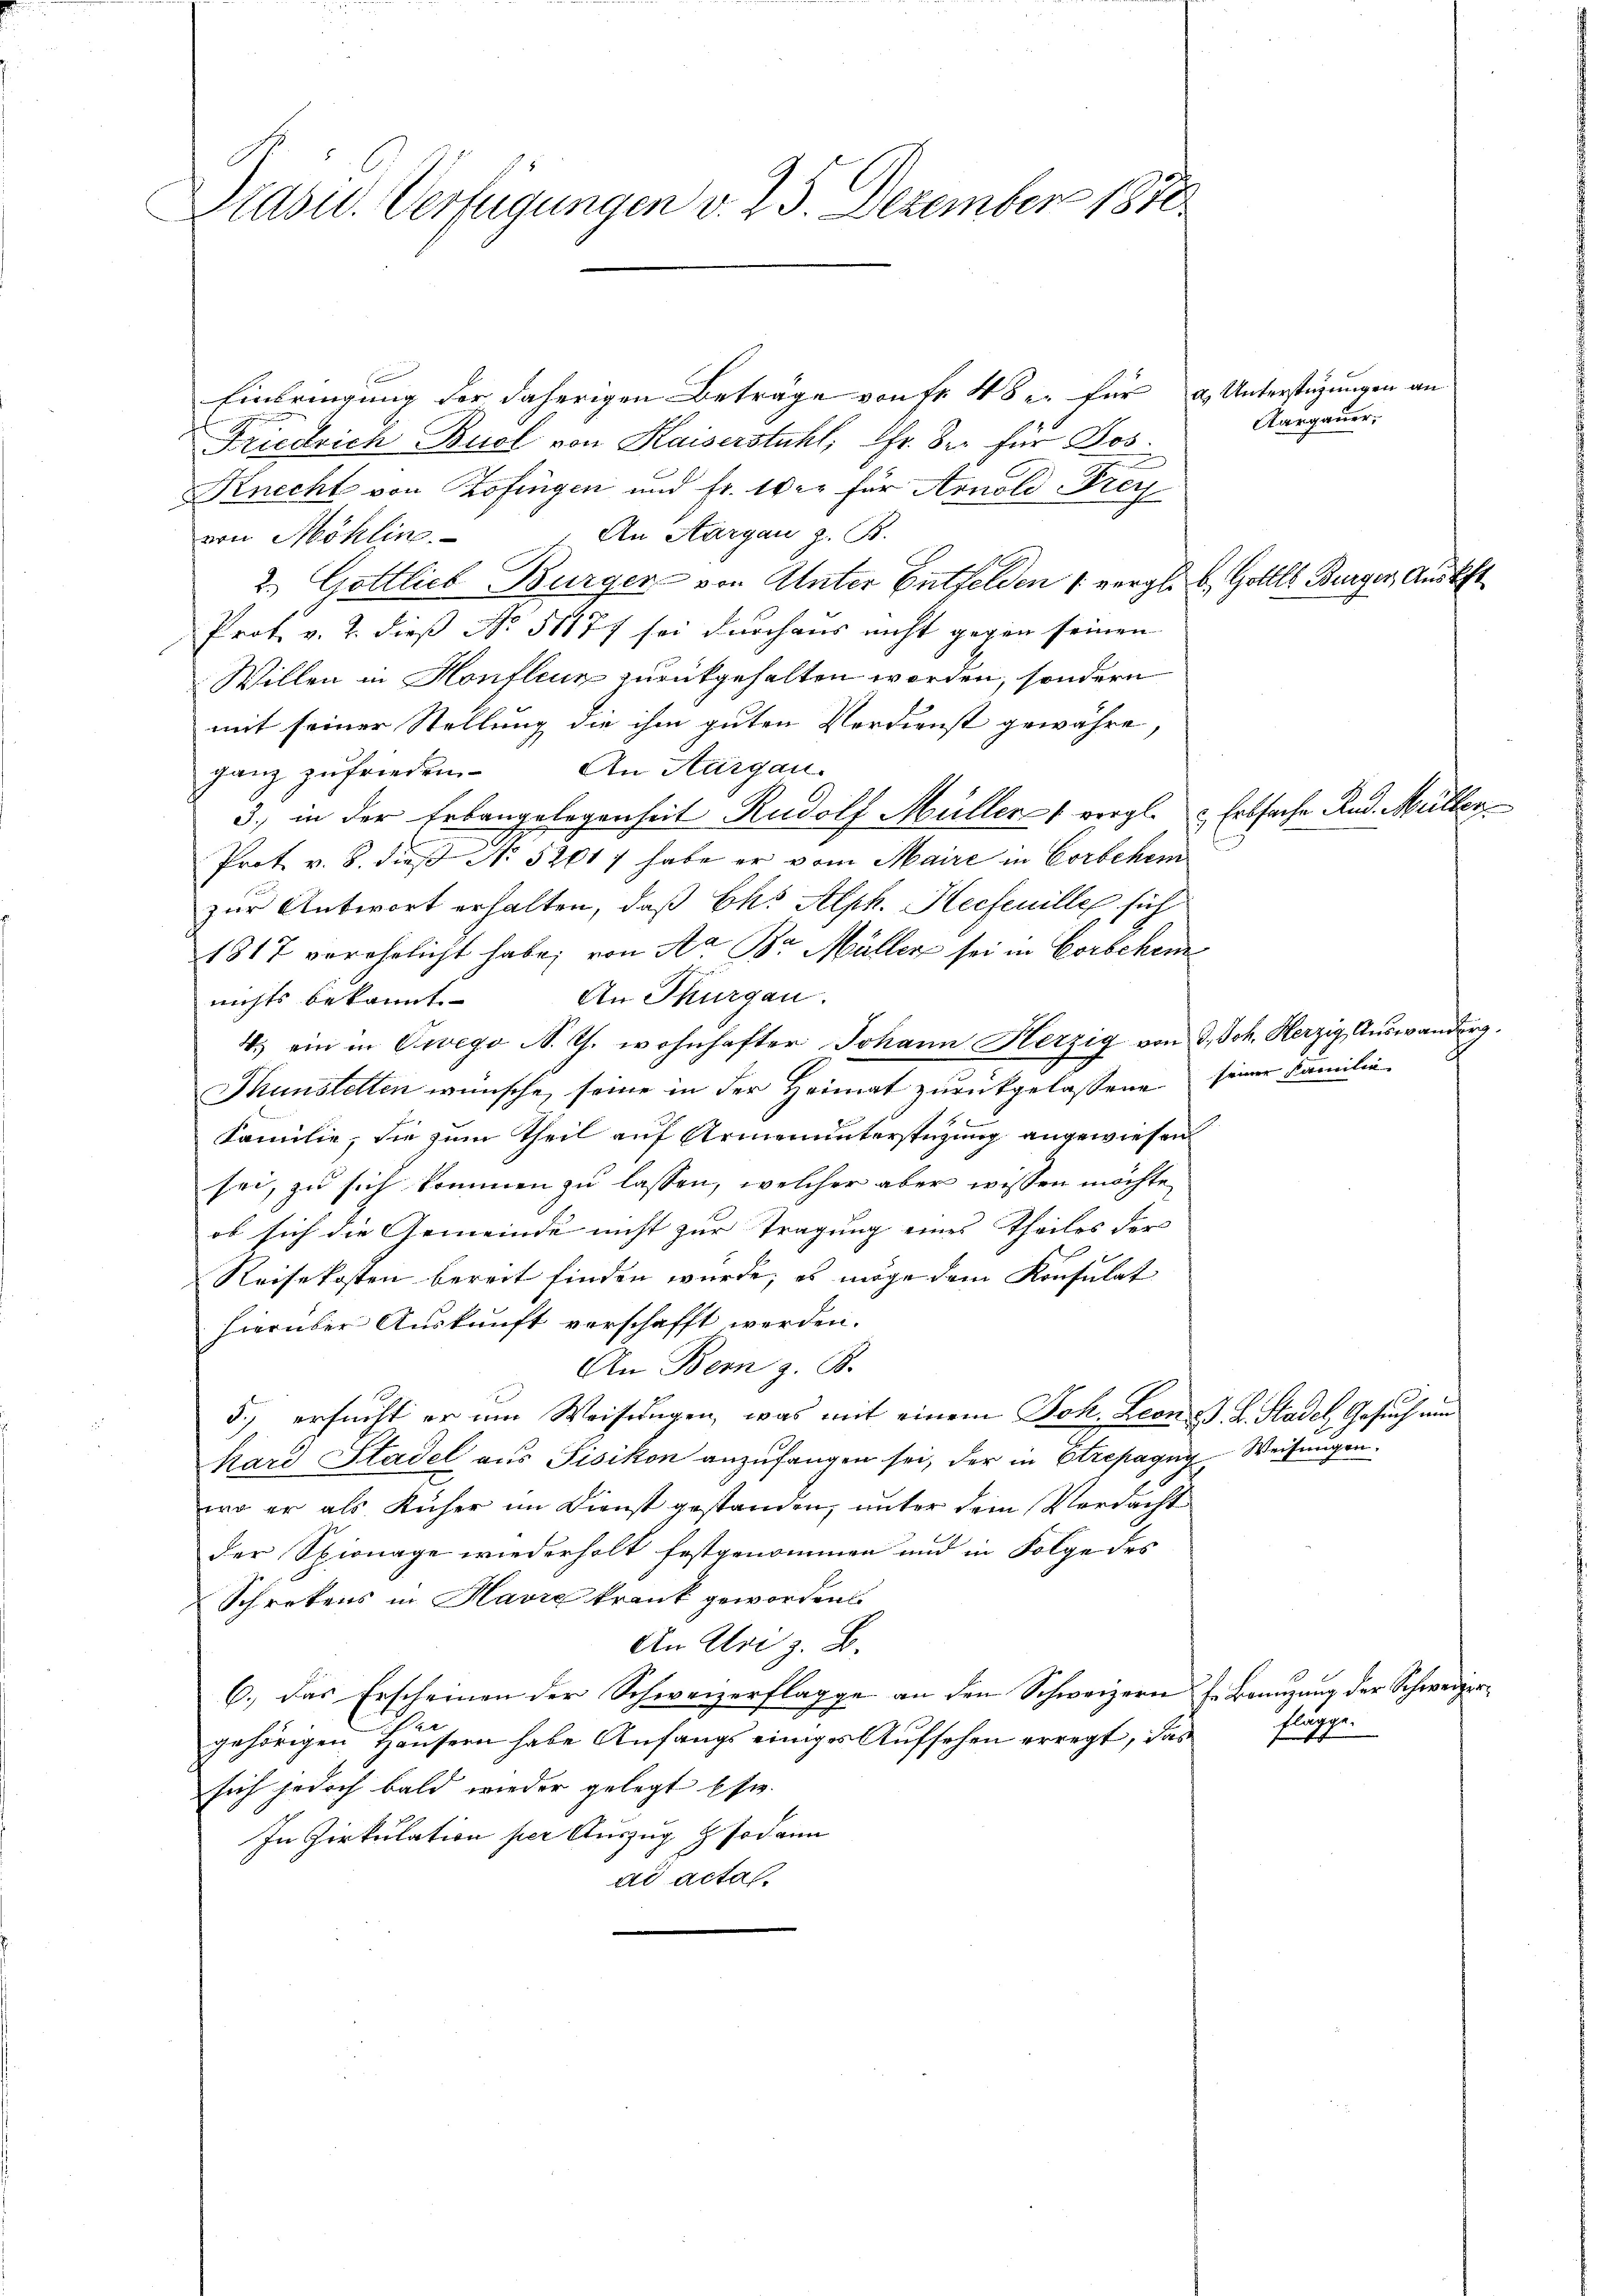
Drasid. Verfügungen v. 25. Dezember 1870

Einbringung der daherigen Beträge von Fr. 48 u. für u. Unterstüzungen an
Friedrich Buel von Kaiserstuhl, Chr. Der für Jos.
Knecht von Zofingen und Fr. Wer für Arnold Frey
An Aargau z. B.
von Möhlin
2. Gottlieb Burger von Unter Entfelden 1 vergl. b. Gollle Burger, Auskft
Prot. v. 2. dieß No. 51177 sei durchaus nicht gegen seinen
Willen in Honfleur zurückgehalten worden, sondern
mit seiner Stellung die ihm guten Verdienst gewähre,
ganz zufrieden. An Thurgau.
3.) in der Erbangelegenheit Rudolf Müller 1 vergl. Erbsache Rud. Müller
Prot v. 8. dieß No 5201/ habe er vom Maire in Corbeher
zur Antwort erhalten, daß Ch. Alph. Hecfeuille sich
1817 verehelicht habe; von A. Br. Müller sei in Corbchen
An Thurgau.
nichts bekannt.
4.) ein in Ewego N. Th. wohnhafter Johann Herzig von 3. Joh. Herzig Aŭswanderg.
Thunstetten wünsche, seine in der Heimat zurückgelassene seiner Familie
Familie, die zum Theil auf Armenunterstüzung angewiesen
sei, zu sich kommen zu lassen, welcher aber wissen möchte,
ob sich die Gemeinde nicht zur Tragung eines Theiles der
Reisekosten bereit finden wurde, es möge dem Konsulat
hierüber Auskunft verschafft werden.
An Bern z. B.
5.) ersucht er um Weisungen, was mit einem Joh. Leon J. L. Stadel, Gesuch um
kard Stadel aus Pisikon anzufangen sei, der in Strepagny Weisungen.
wo er als Kücher im Dienst gestanden, unter dem Verdacht
der Spionage wiederholt festgenommen und in Folge des
Schrebens in Havre krank geworden.
An Uri z. B.
6.) Das Erscheinen der Schweizerflagge an den Schweizern s. Bannzung der Schweizergehörigen Häusern habe Anfangs einiges Aufsehen erregt, das
sich jedoch bald wieder gelegt Esw.
In Zirkulation per Auszug & sodann
ad acta.

Aargauer,

flägge.